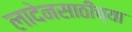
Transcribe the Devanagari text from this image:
लादेनसाठीच्या